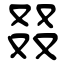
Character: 叕